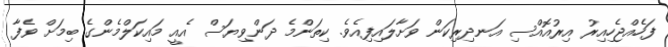
ފަހެއްޖެހިއިރު އިރުއޮއްސި އަނދިރިކަން ވަށާލައިފިއެވެ. ކިތަންމެ ދަންވިޔަސް އެއީ މައިކަލްމެންގެ ބިމަށް ވެފާ